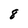
Character: 8